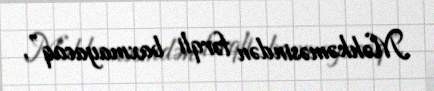
Məhkəməsindən fərqli baxmayacaq”.